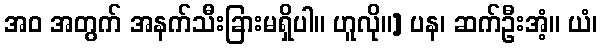
အဝ အတွက် အနက်သီးခြားမရှိပါ။ ဟူလို။] ပန၊ ဆက်ဦးအံ့။ ယံ၊